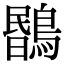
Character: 𪃯